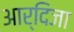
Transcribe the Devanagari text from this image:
आर्दिजा